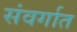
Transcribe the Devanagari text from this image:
संवर्गात